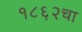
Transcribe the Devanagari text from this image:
१८६२चा